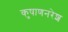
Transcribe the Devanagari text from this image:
कुषाणनरेश